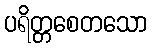
ပရိတ္တစေတသော